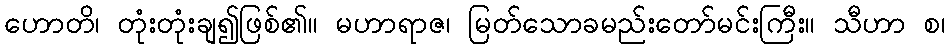
ဟောတိ၊ တုံးတုံးချ၍ဖြစ်၏။ မဟာရာဇ၊ မြတ်သောခမည်းတော်မင်းကြီး။ သီဟာ စ၊